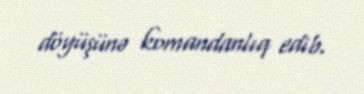
döyüşünə komandanlıq edib.